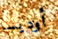
أوديسا